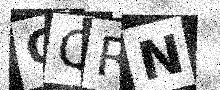
Text: OQRN